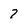
Character: 7